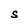
Character: S